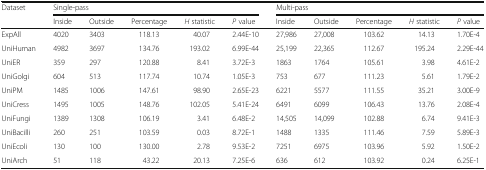
| <ROWSPAN=2> Dataset | <COLSPAN=5> Single-pass | <COLSPAN=5> Multi-pass |
 | Inside | Outside | Percentage | H statistic | P value | Inside | Outside | Percentage | H statistic | P value |
 | --- | --- | --- | --- | --- | --- | --- | --- | --- | --- | --- |
 | ExpAll | 4020 | 3403 | 118.13 | 40.07 | 2.44E-10 | 27,986 | 27,008 | 103.62 | 14.13 | 1.70E-4 |
 | UniHuman | 4982 | 3697 | 134.76 | 193.02 | 6.99E-44 | 25,199 | 22,365 | 112.67 | 195.24 | 2.29E-44 |
 | UniER | 359 | 297 | 120.88 | 8.41 | 3.72E-3 | 1863 | 1764 | 105.61 | 3.98 | 4.61E-2 |
 | UniGolgi | 604 | 513 | 117.74 | 10.74 | 1.05E-3 | 753 | 677 | 111.23 | 5.61 | 1.79E-2 |
 | UniPM | 1485 | 1006 | 147.61 | 98.90 | 2.65E-23 | 6221 | 5577 | 111.55 | 35.21 | 3.00E-9 |
 | UniCress | 1495 | 1005 | 148.76 | 102.05 | 5.41E-24 | 6491 | 6099 | 106.43 | 13.76 | 2.08E-4 |
 | UniFungi | 1389 | 1308 | 106.19 | 3.41 | 6.48E-2 | 14,505 | 14,099 | 102.88 | 6.74 | 9.41E-3 |
 | UniBacilli | 260 | 251 | 103.59 | 0.03 | 8.72E-1 | 1488 | 1335 | 111.46 | 7.59 | 5.89E-3 |
 | UniEcoli | 130 | 100 | 130.00 | 2.78 | 9.53E-2 | 7251 | 6975 | 103.96 | 5.92 | 1.50E-2 |
 | UniArch | 51 | 118 | 43.22 | 20.13 | 7.25E-6 | 636 | 612 | 103.92 | 0.24 | 6.25E-1 |